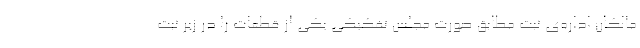
مالکان اداره‌ی ثبت مطابق صورت مجلس تفکیکی یکی از قطعات را در زیر ثبت